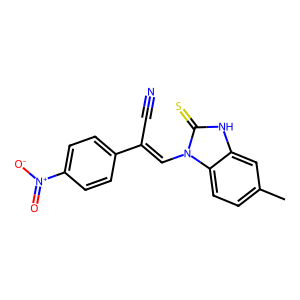
SMILES: Cc1ccc2c(c1)[nH]c(=S)n2C=C(C#N)c1ccc([N+](=O)[O-])cc1
Inhibits HIV replication: No